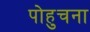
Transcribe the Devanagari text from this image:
पोहुचना